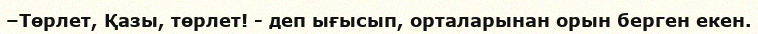
–Төрлет, Қазы, төрлет! - деп ығысып, орталарынан орын берген екен.